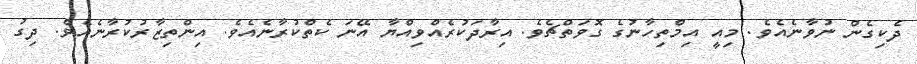
ދެކިގެން ނުވާނެއެވެ. މިއީ އިމްތިހާނުގެ ގޮވަތްޗެވެ. އިރާދަކުރެއްވިއްޔާ އޭނަ ކެތްކުރާނެއެވެ. އިންތިޒާރުކުރާނެއެވެ. ދިގު